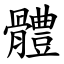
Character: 體